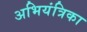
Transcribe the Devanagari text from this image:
अभियंत्रिका